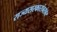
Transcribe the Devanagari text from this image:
राज्यसरकारांबरोबर